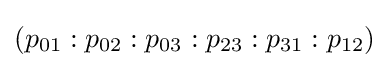
(p_{01}:p_{02}:p_{03}:p_{23}:p_{31}:p_{12})